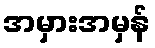
အမှားအမှန်